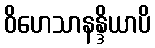
ဝိဟေသာနန္ဒိယာပိ